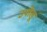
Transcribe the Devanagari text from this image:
उपोलू